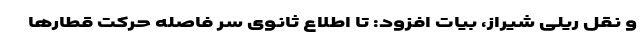
و نقل ریلی شیراز، بیات افزود: تا اطلاع ثانوی سر فاصله حرکت قطار‌ها